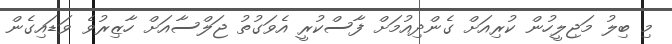
މި ބިލު މަޖިލީހުން ކުރިއަށް ގެންދިއުމަށް ފާސްކުރީ އެވަގުތު ޖަލްސާއަށް ހާޒިރުވެ ވަޑައިގެން